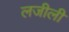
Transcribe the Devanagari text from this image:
लजीली